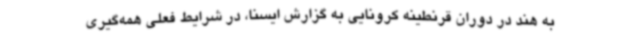
به هند در دوران قرنطینه کرونایی به گزارش ایسنا، در شرایط فعلی همه‌گیری